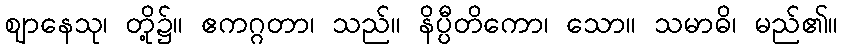
ဈာနေသု၊ တို့၌။ ဧကဂ္ဂတာ၊ သည်။ နိပ္ပီတိကော၊ သော။ သမာဓိ၊ မည်၏။